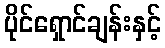
ပိုင်ရှောင်ချန်းနှင့်